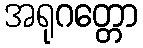
အရုဂတ္တော